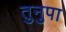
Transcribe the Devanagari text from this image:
तुनुपा